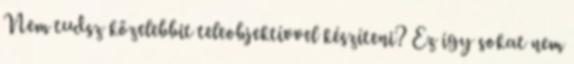
Nem tudsz közelebbit teleobjektívvel készíteni? Ez így sokat nem